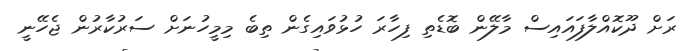
ރަށް ދޫކޮއްލާފައައިސް މާލޭން ބޮޑެތި ފިހާރަ ހުޅުވައިގެން ތިބެ މިމީހުނަށް ސަރުކާރުން ޖެހޭނީ